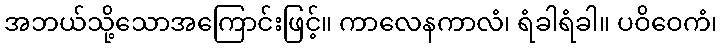
အဘယ်သို့သောအကြောင်းဖြင့်။ ကာလေနကာလံ၊ ရံခါရံခါ။ ပဝိဝေကံ၊